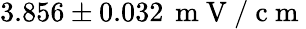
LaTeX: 3.856\pm 0.032\, \mathrm{~m~V~/~c~m~}